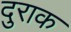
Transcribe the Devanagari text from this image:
दुराक